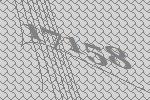
17158